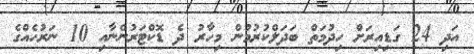
އަދި 24 ގަޑިއިރަށް ހިދުމަތް ބަދަލްކުރުމުން މިހާރު ދެ ޑޮކްޓަރުންނާއި 10 ނަރުހެއްގެ